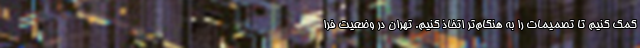
کمک کنیم تا تصمیمات را به هنگام‌تر اتخاذ کنیم. تهران در وضعیت فرا